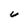
Character: U